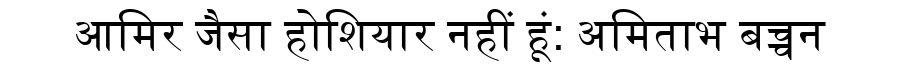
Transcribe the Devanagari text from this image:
आमिर जैसा होशियार नहीं हूं: अमिताभ बच्चन